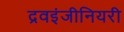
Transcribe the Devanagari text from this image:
द्रवइंजीनियरी